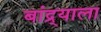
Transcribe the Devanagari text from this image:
बांद्र्याला